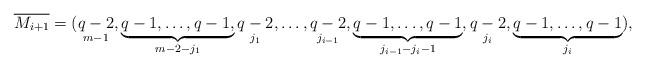
LaTeX: \begin{align*}\overline{M_{i+1}}=(\mathop{q-2}\limits_{m-1},\underbrace{q-1, \ldots, q-1,}_{m-2-j_1} \mathop{q-2}\limits_{j_1},\ldots,\mathop{q-2}_{j_{i-1}},\underbrace{q-1, \ldots, q-1}_{ j_{i-1}-j_i-1},\mathop{q-2}_{j_i},\underbrace{q-1, \ldots, q-1}_{j_i}),\end{align*}